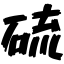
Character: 硫